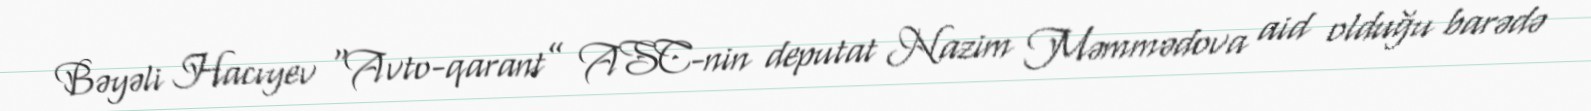
Bəyəli Hacıyev “Avto-qarant” ASC-nin deputat Nazim Məmmədova aid olduğu barədə